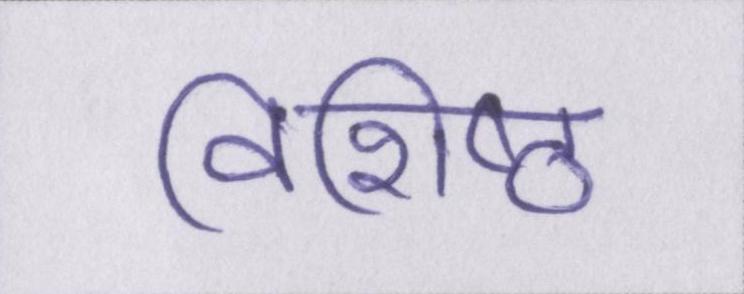
विशिष्ठ